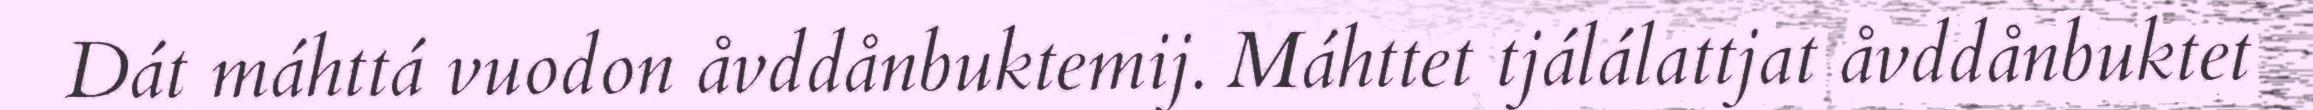
Dát máhttá vuodon åvddånbuktemij. Máhttet tjálálattjat åvddånbuktet